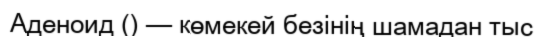
Аденоид () — көмекей безінің шамадан тыс